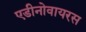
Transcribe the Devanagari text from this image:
एडीनोवायरस